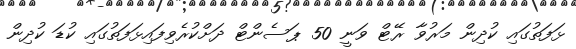
ޅަފަތުގައި ކުދިން މަރުވާ ރޭޓް ވަނީ 50 ޕަސެންޓް ދަށްކުރެވިފައިޅަފަތުގައި ކުޑަ ކުދިން